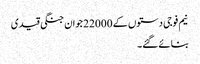
نیم فوجی دستوں کے 22000 جوان جنگی قیدی
بنائے گئے۔